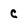
Character: C